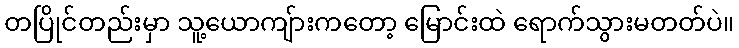
တပြိုင်တည်းမှာ သူ့ယောကျ်ားကတော့ မြောင်းထဲ ရောက်သွားမတတ်ပဲ။